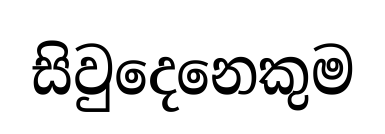
සිවුදෙනෙකුම